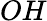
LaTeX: OH